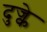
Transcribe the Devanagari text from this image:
दुज्के